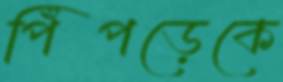
পিঁপড়েকে